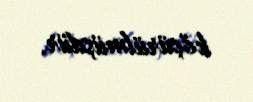
köçürülmüşdür.